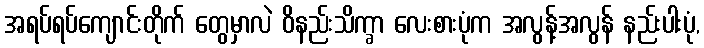
အရပ်ရပ်ကျောင်းတိုက် တွေမှာလဲ ဝိနည်းသိက္ခာ လေးစားပုံက အလွန့်အလွန် နည်းပါးပုံ,